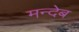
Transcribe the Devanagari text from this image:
मन्देब